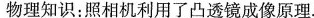
物理知识：照相机利用了凸透镜成像原理.